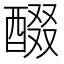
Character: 醊